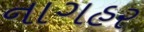
નાગહર